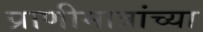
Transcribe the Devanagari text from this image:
प्राणीमात्रांच्या